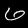
Label: 6